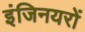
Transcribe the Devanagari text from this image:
इंजिनयरों